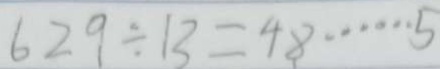
6 2 9 \div 1 3 = 4 8 \cdots 5